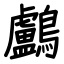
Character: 鸕